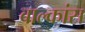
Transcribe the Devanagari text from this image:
बाल्कांस